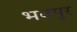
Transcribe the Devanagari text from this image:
भवपुर